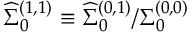
{ \widehat \Sigma } _ { 0 } ^ { ( 1 , 1 ) } \equiv { { \widehat \Sigma } _ { 0 } ^ { ( 0 , 1 ) } } / { { \Sigma } _ { 0 } ^ { ( 0 , 0 ) } }